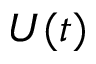
U ( t )